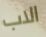
الاب